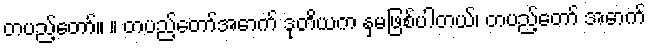
တပည့်တော်။ ။ တပည့်တော်အောက် ဒုတိယက နှမဖြစ်ပါတယ်၊ တပည့်တော် အောက်